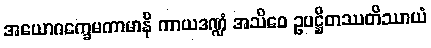
အယောဂက္ခေမကာမာနိ ကာယဒဏ္ဍံ အသိဝေ ဥပဋ္ဌိတဿတိဿာယံ